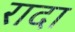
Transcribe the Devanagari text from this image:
रादा